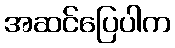
အဆင်ပြေပါက